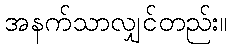
အနက်သာလျှင်တည်း။